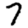
Digit: 7